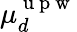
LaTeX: \mu_{d}^{\mathrm{~u~p~w~}}